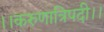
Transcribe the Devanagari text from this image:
।।करुणात्रिपदी।।